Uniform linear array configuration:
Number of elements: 24
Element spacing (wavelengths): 0.25
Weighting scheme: blackman
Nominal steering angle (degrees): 30
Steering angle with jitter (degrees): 28.046
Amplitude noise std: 0.05
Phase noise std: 0.05

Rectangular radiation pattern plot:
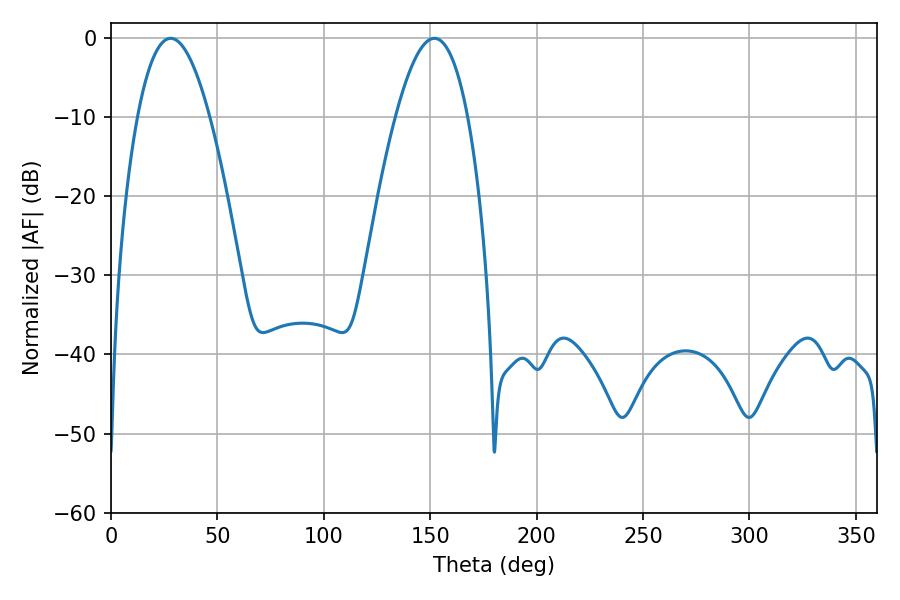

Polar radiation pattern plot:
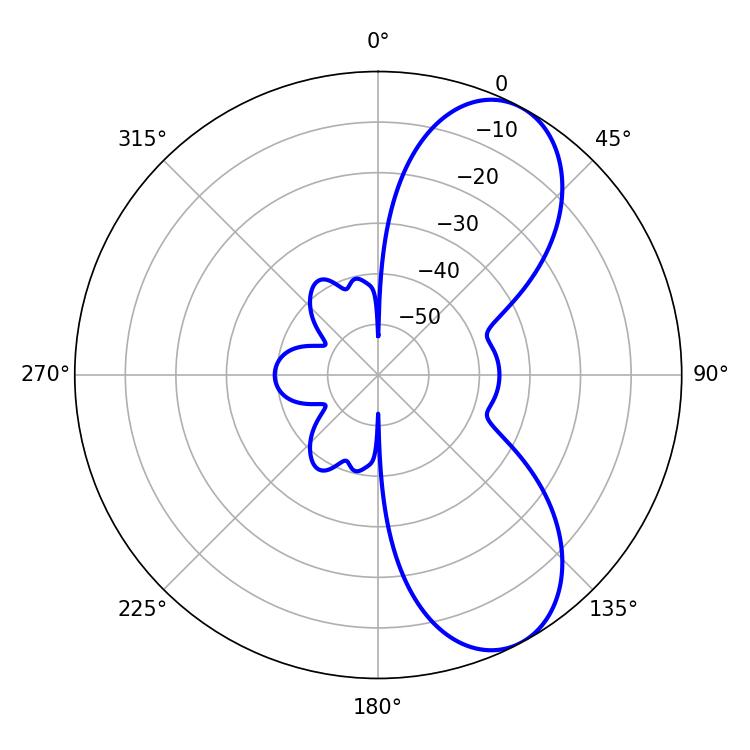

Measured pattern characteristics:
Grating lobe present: FALSE
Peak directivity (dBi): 7.772
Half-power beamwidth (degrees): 18.72
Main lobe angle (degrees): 28.08